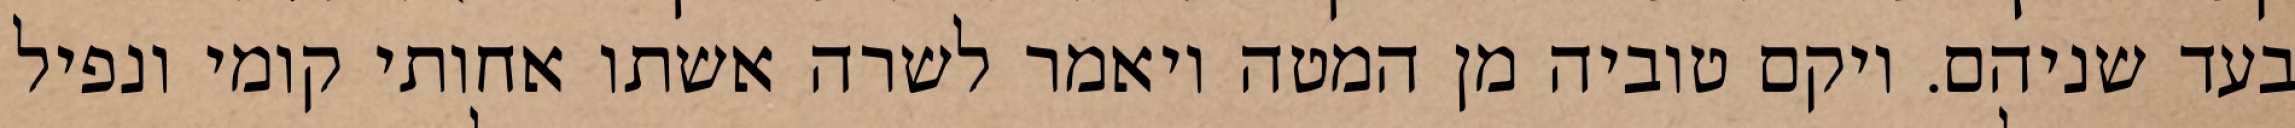
בעד שניהם. ויקם טוביה מן המטה ויאמר לשרה אשתו אחותי קומי ונפיל